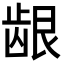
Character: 龈